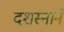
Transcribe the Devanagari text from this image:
दशस्नानें